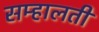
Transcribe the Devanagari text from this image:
सम्हालती